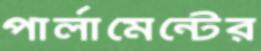
পার্লামেন্টের